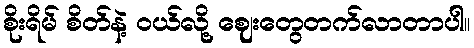
စိုးရိမ် စိတ်နဲ့ ဝယ်လို့ ဈေးတွေတက်လာတာပါ။